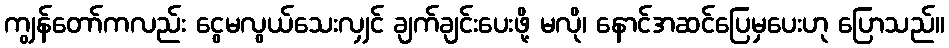
ကျွန်တော်ကလည်း ငွေမလွယ်သေးလျှင် ချက်ချင်းပေးဖို့ မလို၊ နောင်အဆင်ပြေမှပေးဟု ပြောသည်။